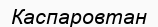
Каспаровтан